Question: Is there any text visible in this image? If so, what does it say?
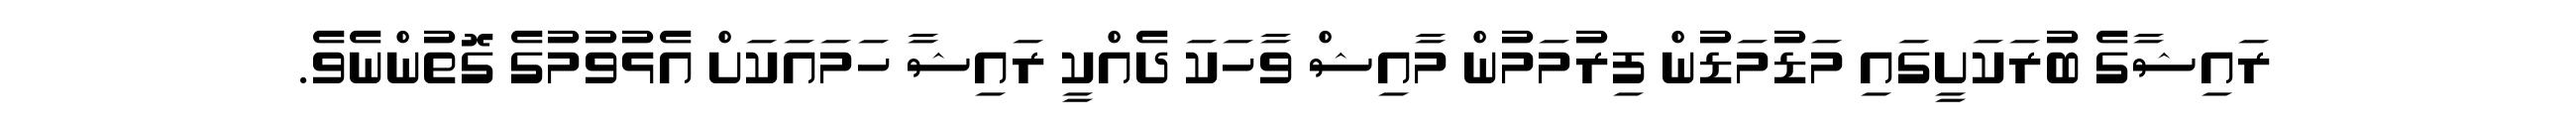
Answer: ރައިޝާގެ ބުރަކަށީގައި މަޑުމަޑުން ފިރުމަމުން މާއިޝް ވާހަކަ ދެއްކީ ރައިޝާ ހަމައަކަށް އެޅުވުމުގެ ގޮތުންނެވެ.